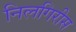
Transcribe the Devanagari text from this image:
निलगिरीस